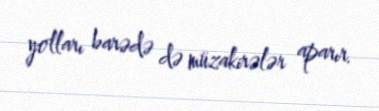
yolları barədə də müzakirələr aparır.